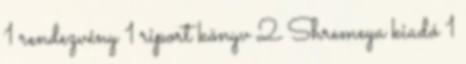
1 rendezvény 1 riport könyv 2 Shremeya kiadó 1